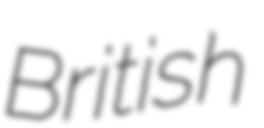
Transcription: British